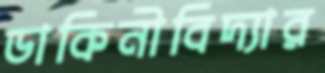
ডাকিনীবিদ্যার